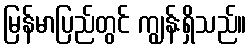
မြန်မာပြည်တွင် ကျွန်းရှိသည်။